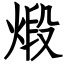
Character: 煅